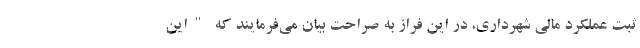
ثبت عملكرد مالي شهرداري، در اين فراز به صراحت بيان مي‌فرمايند كه "اين